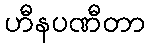
ဟီနပဏီတာ